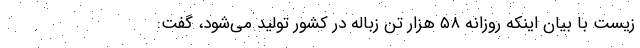
زیست با بیان اینکه روزانه ۵۸ هزار تن زباله در کشور تولید می‌شود، گفت: